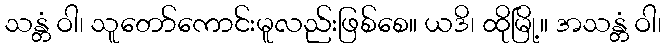
သန္တံ ဝါ၊ သူတော်ကောင်းမူလည်းဖြစ်စေ။ ယဒိ၊ ထိုမြို့။ အသန္တံ ဝါ၊